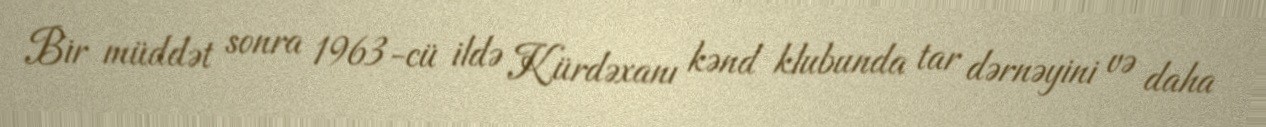
Bir müddət sonra 1963-cü ildə Kürdəxanı kənd klubunda tar dərnəyini və daha